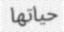
حياتھا